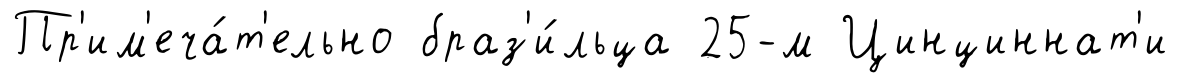
Пр'им'еча́т'ельно браз'и́льца 25-м Цинциннат'и